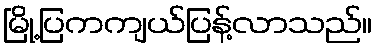
မြို့ပြကကျယ်ပြန့်လာသည်။